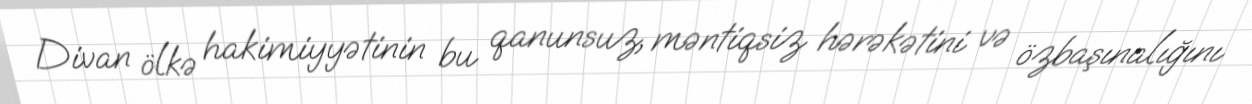
Divan ölkə hakimiyyətinin bu qanunsuz, məntiqsiz hərəkətini və özbaşınalığını